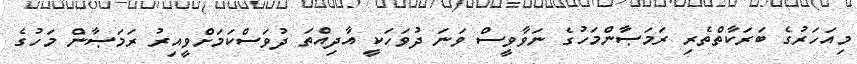
މިއަހަރުގެ ބަރަކާތްތެރި ރަމަޞާންމަހުގެ ނަވާވީސް ވަނަ ދުވަހަކީ އާދިއްތަ ދުވަސްކަމަށްވީއިރު ރަމަޞާން މަހުގެ